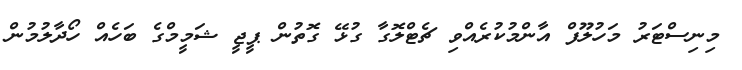
މިނިސްޓަރު މަހުލޫފް އާންމުކުރެއްވި ޗެޓްލޮގާ ގުޅޭ ގޮތުން ޕީޖީ ޝަމީމްގެ ބަހެއް ހޯދާލުމުން